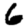
Digit: 6